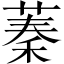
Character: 蓁